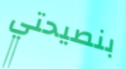
بنصيحتي